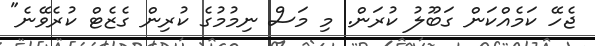
ޖެހޭ ކަމެއްކަން ގަބޫލު ކުރަން. މި މަސް ނިމުމުގެ ކުރިން ގެޒެޓް ކުރެވޭނެ"